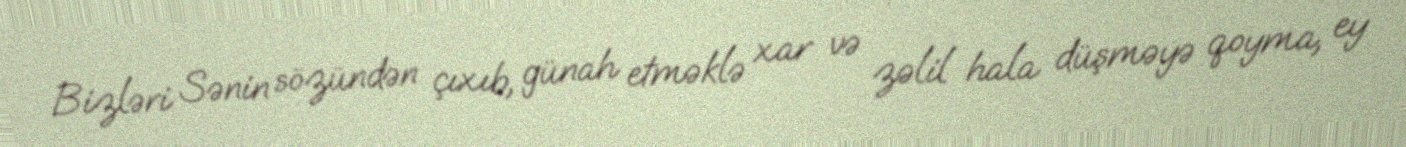
Bizləri Sənin sözündən çıxıb, günah etməklə xar və zəlil hala düşməyə qoyma, ey